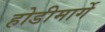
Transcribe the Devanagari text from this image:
होडीमार्गे